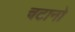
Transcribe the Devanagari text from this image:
चटानो